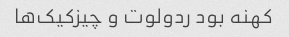
کهنه بود ردولوت و چیزکیک‌ها